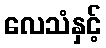
လေသံနှင့်